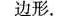
边形.